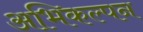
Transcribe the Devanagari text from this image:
अभिकल्‍पन